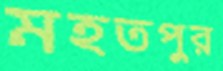
মহতপুর